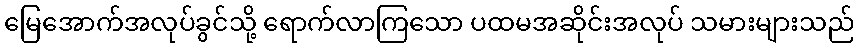
မြေအောက်အလုပ်ခွင်သို့ ရောက်လာကြသော ပထမအဆိုင်းအလုပ် သမားများသည်